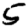
Digit: 5